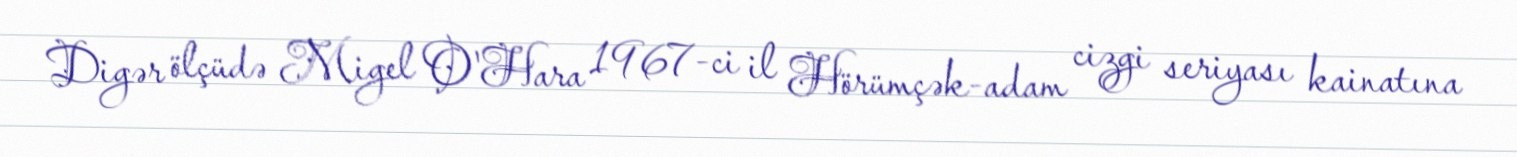
Digər ölçüdə Migel O'Hara 1967-ci il Hörümçək-adam cizgi seriyası kainatına